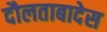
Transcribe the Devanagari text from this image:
दौलताबादेस